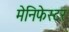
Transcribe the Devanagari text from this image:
मेनिफेस्टर